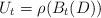
LaTeX: \begin{align*}U_t = \rho(B_t(D)) \end{align*}